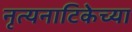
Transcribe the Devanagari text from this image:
नृत्यनाटिकेच्या